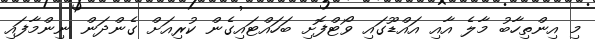
މި އިންތިހާބު މާލެ އާއި އައްޑޫގައި ވޯޓްފޮށި ބަހައްޓައިގެން ކުރިއަށް ގެންދަން ނިންމާފައި